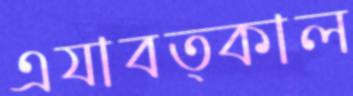
এযাবত্কাল